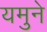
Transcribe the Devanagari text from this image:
यमुने